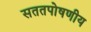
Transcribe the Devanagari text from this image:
सततपोषणीय